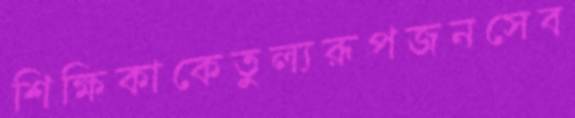
শিক্ষিকাকেতুল্যরূপজনসেব